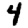
Digit: 4